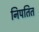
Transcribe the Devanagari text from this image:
निपतित